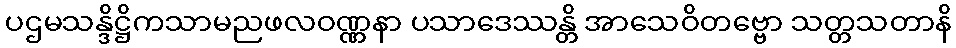
ပဌမသန္ဒိဋ္ဌိကသာမညဖလဝဏ္ဏနာ ပသာဒေဿန္တိ အာသေဝိတဗ္ဗော သတ္တသတာနိ